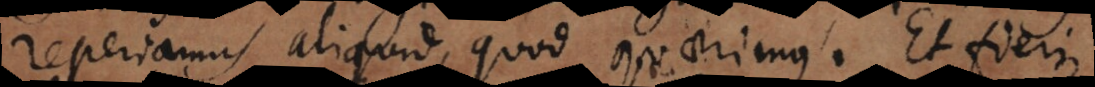
reperiamus aliquid, quod quaerimus. Et fieri